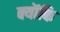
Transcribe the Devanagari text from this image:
क्यॊंकि